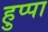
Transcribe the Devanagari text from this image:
हुप्पा